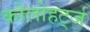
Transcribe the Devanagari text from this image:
कोलोहर्ट्ज